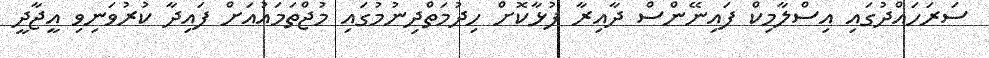
ސަރަހައްދުގައި އިސްލާމިކް ފައިނޭންސް ދާއިރާ ފުޅާކޮށް ހިދުމަތްދިނުމުގައި މުޖްތަމައުއަށް ފައިދާ ކުރުވަނިިވި އީޖާދީ